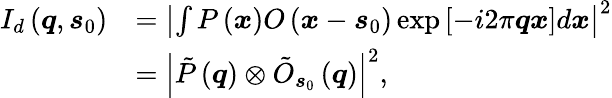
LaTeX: \begin{array}{rl}{I_{d}\left(\boldsymbol{q},\boldsymbol{s}_{0}\right)}&{=\left|\int P\left(\boldsymbol{x}\right)O\left(\boldsymbol{x}-\boldsymbol{s}_{0}\right)\exp\left[-i2\pi\boldsymbol{q}\boldsymbol{x}\right]d\boldsymbol{x}\right|^{2}}\\ &{=\left|\tilde{P}\left(\boldsymbol{q}\right)\otimes\tilde{O}_{\boldsymbol{s}_{0}}\left(\boldsymbol{q}\right)\right|^{2},}\end{array}